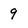
Character: 9